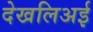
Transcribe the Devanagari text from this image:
देखलिअई